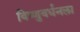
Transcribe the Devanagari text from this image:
विष्णुवर्धनला